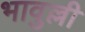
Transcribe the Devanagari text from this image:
भावुल्ली